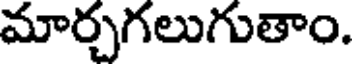
మార్చగలుగుతాం.